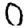
Digit: 0